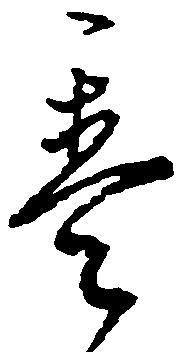
畳